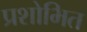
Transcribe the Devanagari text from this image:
प्रशोभित